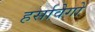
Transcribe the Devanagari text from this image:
हर्सावेगो